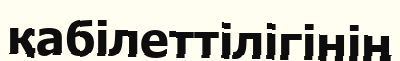
қабілеттілігінің